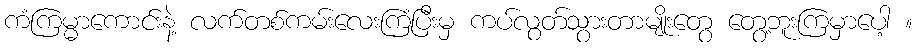
ကံကြမ္မာကောင်းနဲ့ လက်တစ်ကမ်းလေးကြံပြီးမှ ကပ်လွတ်သွားတာမျိုးတွေ တွေ့ဘူးကြမှာပေါ့ ။